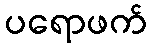
ပရောဖက်